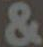
&